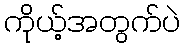
ကိုယ့်အတွက်ပဲ